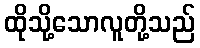
ထိုသို့သောလူတို့သည်